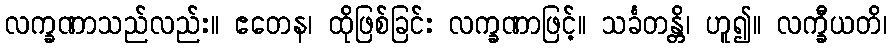
လက္ခဏာသည်လည်း။ ဧတေန၊ ထိုဖြစ်ခြင်း လက္ခဏာဖြင့်။ သင်္ခတန္တိ၊ ဟူ၍။ လက္ခီယတိ၊